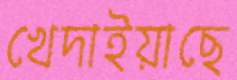
খেদাইয়াছে